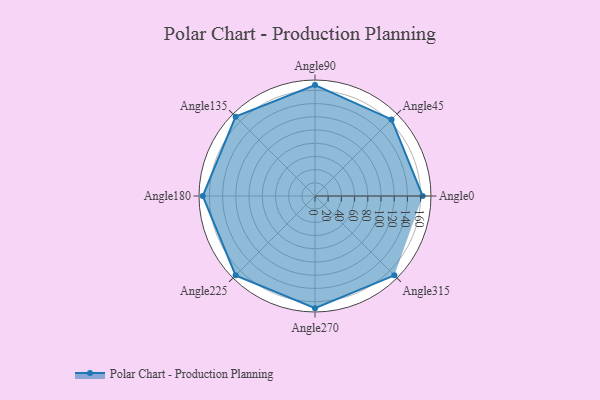
{"axis": {"x": "Angle", "y": "Radius"}, "legend": [""], "data": [{"x": "Angle0", "y": 163.0, "type": ""}, {"x": "Angle45", "y": 164.0, "type": ""}, {"x": "Angle90", "y": 168.0, "type": ""}, {"x": "Angle135", "y": 170, "type": ""}, {"x": "Angle180", "y": 170, "type": ""}, {"x": "Angle225", "y": 170, "type": ""}, {"x": "Angle270", "y": 170, "type": ""}, {"x": "Angle315", "y": 170, "type": ""}]}